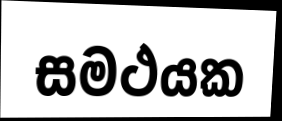
සමථයක